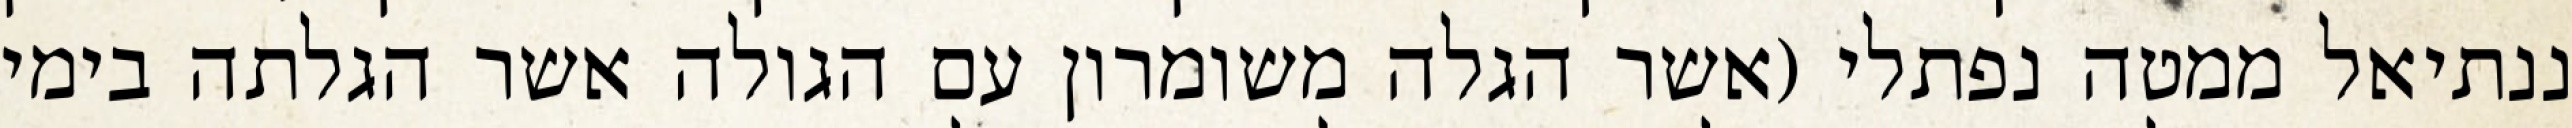
ננתיאל ממטה נפתלי (אשר הגלה משומרון עם הגולה אשר הגלתה בימי